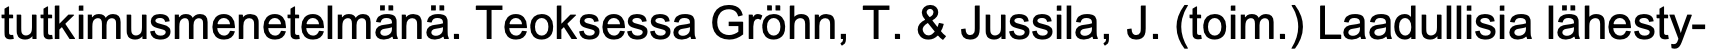
tutkimusmenetelmänä. Teoksessa Gröhn, T. & Jussila, J. (toim.) Laadullisia lähesty-